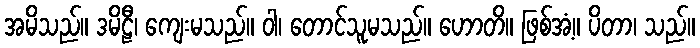
အမိသည်။ ဒမိဠီ၊ ကျေးမသည်။ ဝါ၊ တောင်သူမသည်။ ဟောတိ။ ဖြစ်အံ့။ ပိတာ၊ သည်။